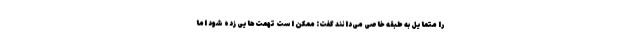
را متمایل به طبقه خاصی می‌دانند گفت: ممکن است تهمت‌هایی زده شود اما